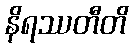
နိရဿတီတိ